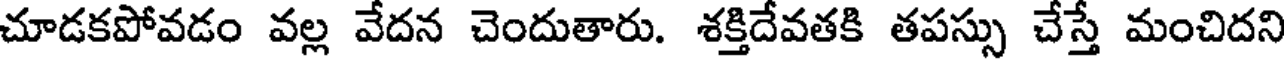
చూడకపోవడం వల్ల వేదన చెందుతారు. శక్తిదేవతకి తపస్సు చేస్తే మంచిదని